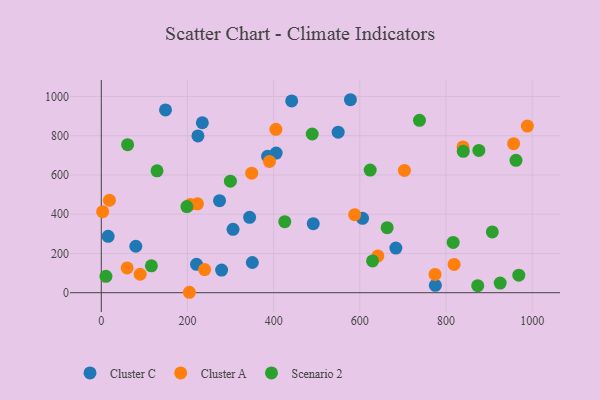
{"axis": {"x": "Speed", "y": "Demand"}, "legend": ["Cluster A", "Cluster C", "Scenario 2"], "data": [{"x": "549.7", "y": 817.9, "type": "Cluster C"}, {"x": "606.3", "y": 379.1, "type": "Cluster C"}, {"x": "405.8", "y": 711.3, "type": "Cluster C"}, {"x": "80.1", "y": 236.7, "type": "Cluster C"}, {"x": "578.2", "y": 983.4, "type": "Cluster C"}, {"x": "385.9", "y": 694.8, "type": "Cluster C"}, {"x": "441.8", "y": 977.3, "type": "Cluster C"}, {"x": "279.2", "y": 115.2, "type": "Cluster C"}, {"x": "775.2", "y": 37.7, "type": "Cluster C"}, {"x": "234.5", "y": 866.0, "type": "Cluster C"}, {"x": "305.7", "y": 323.0, "type": "Cluster C"}, {"x": "491.9", "y": 351.6, "type": "Cluster C"}, {"x": "224.3", "y": 798.7, "type": "Cluster C"}, {"x": "683.6", "y": 227.5, "type": "Cluster C"}, {"x": "15.9", "y": 287.4, "type": "Cluster C"}, {"x": "274.4", "y": 468.7, "type": "Cluster C"}, {"x": "149.0", "y": 931.3, "type": "Cluster C"}, {"x": "350.5", "y": 153.8, "type": "Cluster C"}, {"x": "221.0", "y": 144.4, "type": "Cluster C"}, {"x": "344.2", "y": 383.9, "type": "Cluster C"}, {"x": "588.0", "y": 397.8, "type": "Cluster A"}, {"x": "59.9", "y": 126.2, "type": "Cluster A"}, {"x": "204.4", "y": 2.1, "type": "Cluster A"}, {"x": "223.2", "y": 453.0, "type": "Cluster A"}, {"x": "703.5", "y": 622.9, "type": "Cluster A"}, {"x": "18.9", "y": 471.2, "type": "Cluster A"}, {"x": "641.8", "y": 187.5, "type": "Cluster A"}, {"x": "405.2", "y": 832.8, "type": "Cluster A"}, {"x": "956.8", "y": 759.6, "type": "Cluster A"}, {"x": "774.5", "y": 93.2, "type": "Cluster A"}, {"x": "206.8", "y": 449.6, "type": "Cluster A"}, {"x": "988.8", "y": 848.9, "type": "Cluster A"}, {"x": "839.4", "y": 742.6, "type": "Cluster A"}, {"x": "818.8", "y": 143.9, "type": "Cluster A"}, {"x": "390.3", "y": 669.1, "type": "Cluster A"}, {"x": "3.1", "y": 413.1, "type": "Cluster A"}, {"x": "239.8", "y": 118.0, "type": "Cluster A"}, {"x": "90.2", "y": 93.9, "type": "Cluster A"}, {"x": "349.1", "y": 608.9, "type": "Cluster A"}, {"x": "962.4", "y": 674.4, "type": "Scenario 2"}, {"x": "925.7", "y": 49.1, "type": "Scenario 2"}, {"x": "129.4", "y": 621.0, "type": "Scenario 2"}, {"x": "876.2", "y": 725.2, "type": "Scenario 2"}, {"x": "629.5", "y": 161.9, "type": "Scenario 2"}, {"x": "840.0", "y": 720.3, "type": "Scenario 2"}, {"x": "198.7", "y": 438.7, "type": "Scenario 2"}, {"x": "425.8", "y": 361.8, "type": "Scenario 2"}, {"x": "663.4", "y": 331.4, "type": "Scenario 2"}, {"x": "873.6", "y": 35.7, "type": "Scenario 2"}, {"x": "907.4", "y": 309.9, "type": "Scenario 2"}, {"x": "116.3", "y": 136.9, "type": "Scenario 2"}, {"x": "624.0", "y": 624.9, "type": "Scenario 2"}, {"x": "816.6", "y": 256.3, "type": "Scenario 2"}, {"x": "968.9", "y": 89.1, "type": "Scenario 2"}, {"x": "299.6", "y": 568.4, "type": "Scenario 2"}, {"x": "489.5", "y": 808.7, "type": "Scenario 2"}, {"x": "61.1", "y": 754.5, "type": "Scenario 2"}, {"x": "10.8", "y": 83.3, "type": "Scenario 2"}, {"x": "738.4", "y": 878.2, "type": "Scenario 2"}]}